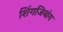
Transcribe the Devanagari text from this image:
शिंगजियांग